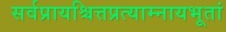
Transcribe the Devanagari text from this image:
सर्वप्रायश्चित्तप्रत्याम्नायभूतां